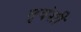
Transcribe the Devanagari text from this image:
नृवंशी